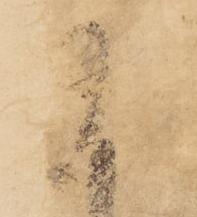
御